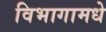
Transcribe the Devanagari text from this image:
विभागामधे